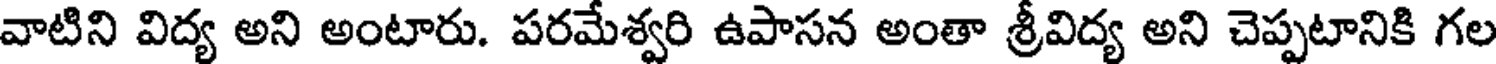
వాటిని విద్య అని అంటారు. పరమేశ్వరి ఉపాసన అంతా శ్రీవిద్య అని చెప్పటానికి గల